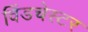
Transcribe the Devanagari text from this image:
विंडचेस्टर